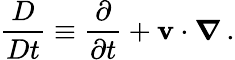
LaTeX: {\frac{D}{Dt}}\equiv{\frac{\partial}{\partial t}}+\mathbf{v}\cdot{\boldsymbol{\nabla}}\, .